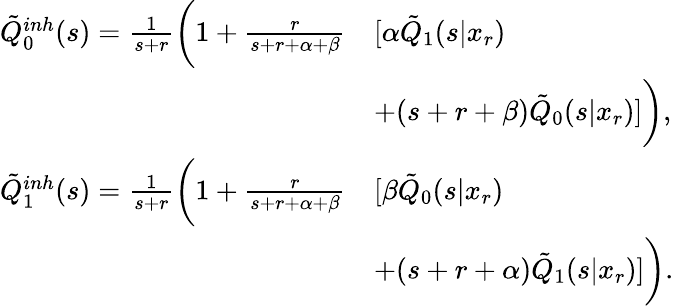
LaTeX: \begin{array}{rl}{\tilde{Q}_{0}^{inh}(s)=\frac{1}{s+r}\bigg(1+\frac{r}{s+r+\alpha+\beta}}&{[\alpha\tilde{Q}_{1}(s|x_{r})}\\ &{+(s+r+\beta)\tilde{Q}_{0}(s|x_{r})]\bigg),}\\ {\tilde{Q}_{1}^{inh}(s)=\frac{1}{s+r}\bigg(1+\frac{r}{s+r+\alpha+\beta}}&{[\beta\tilde{Q}_{0}(s|x_{r})}\\ &{+(s+r+\alpha)\tilde{Q}_{1}(s|x_{r})]\bigg).}\end{array}